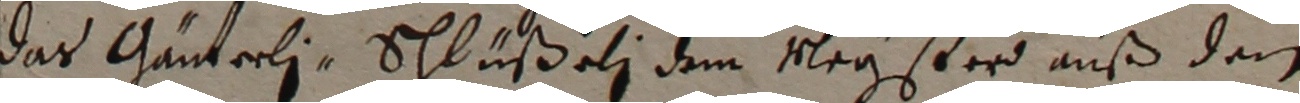
das Ganterli Schlüßeli dem Meyster auß dem